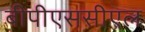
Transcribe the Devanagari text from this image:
बीपीएससीएल